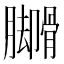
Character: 𬛟